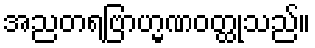
အညတရဗြာဟ္မဏဝတ္ထုသည်။